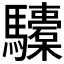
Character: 𩧐